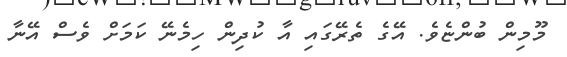
މޫމިން ބުންޏެވެ. އޭގެ ތެރޭގައި އާ ކުދިން ހިމެނޭ ކަމަށް ވެސް އޭނާ